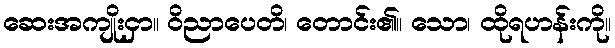
ဆေးအကျိုးငှာ။ ဝိညာပေတိ၊ တောင်း၏။ သော၊ ထိုရဟန်းကို။